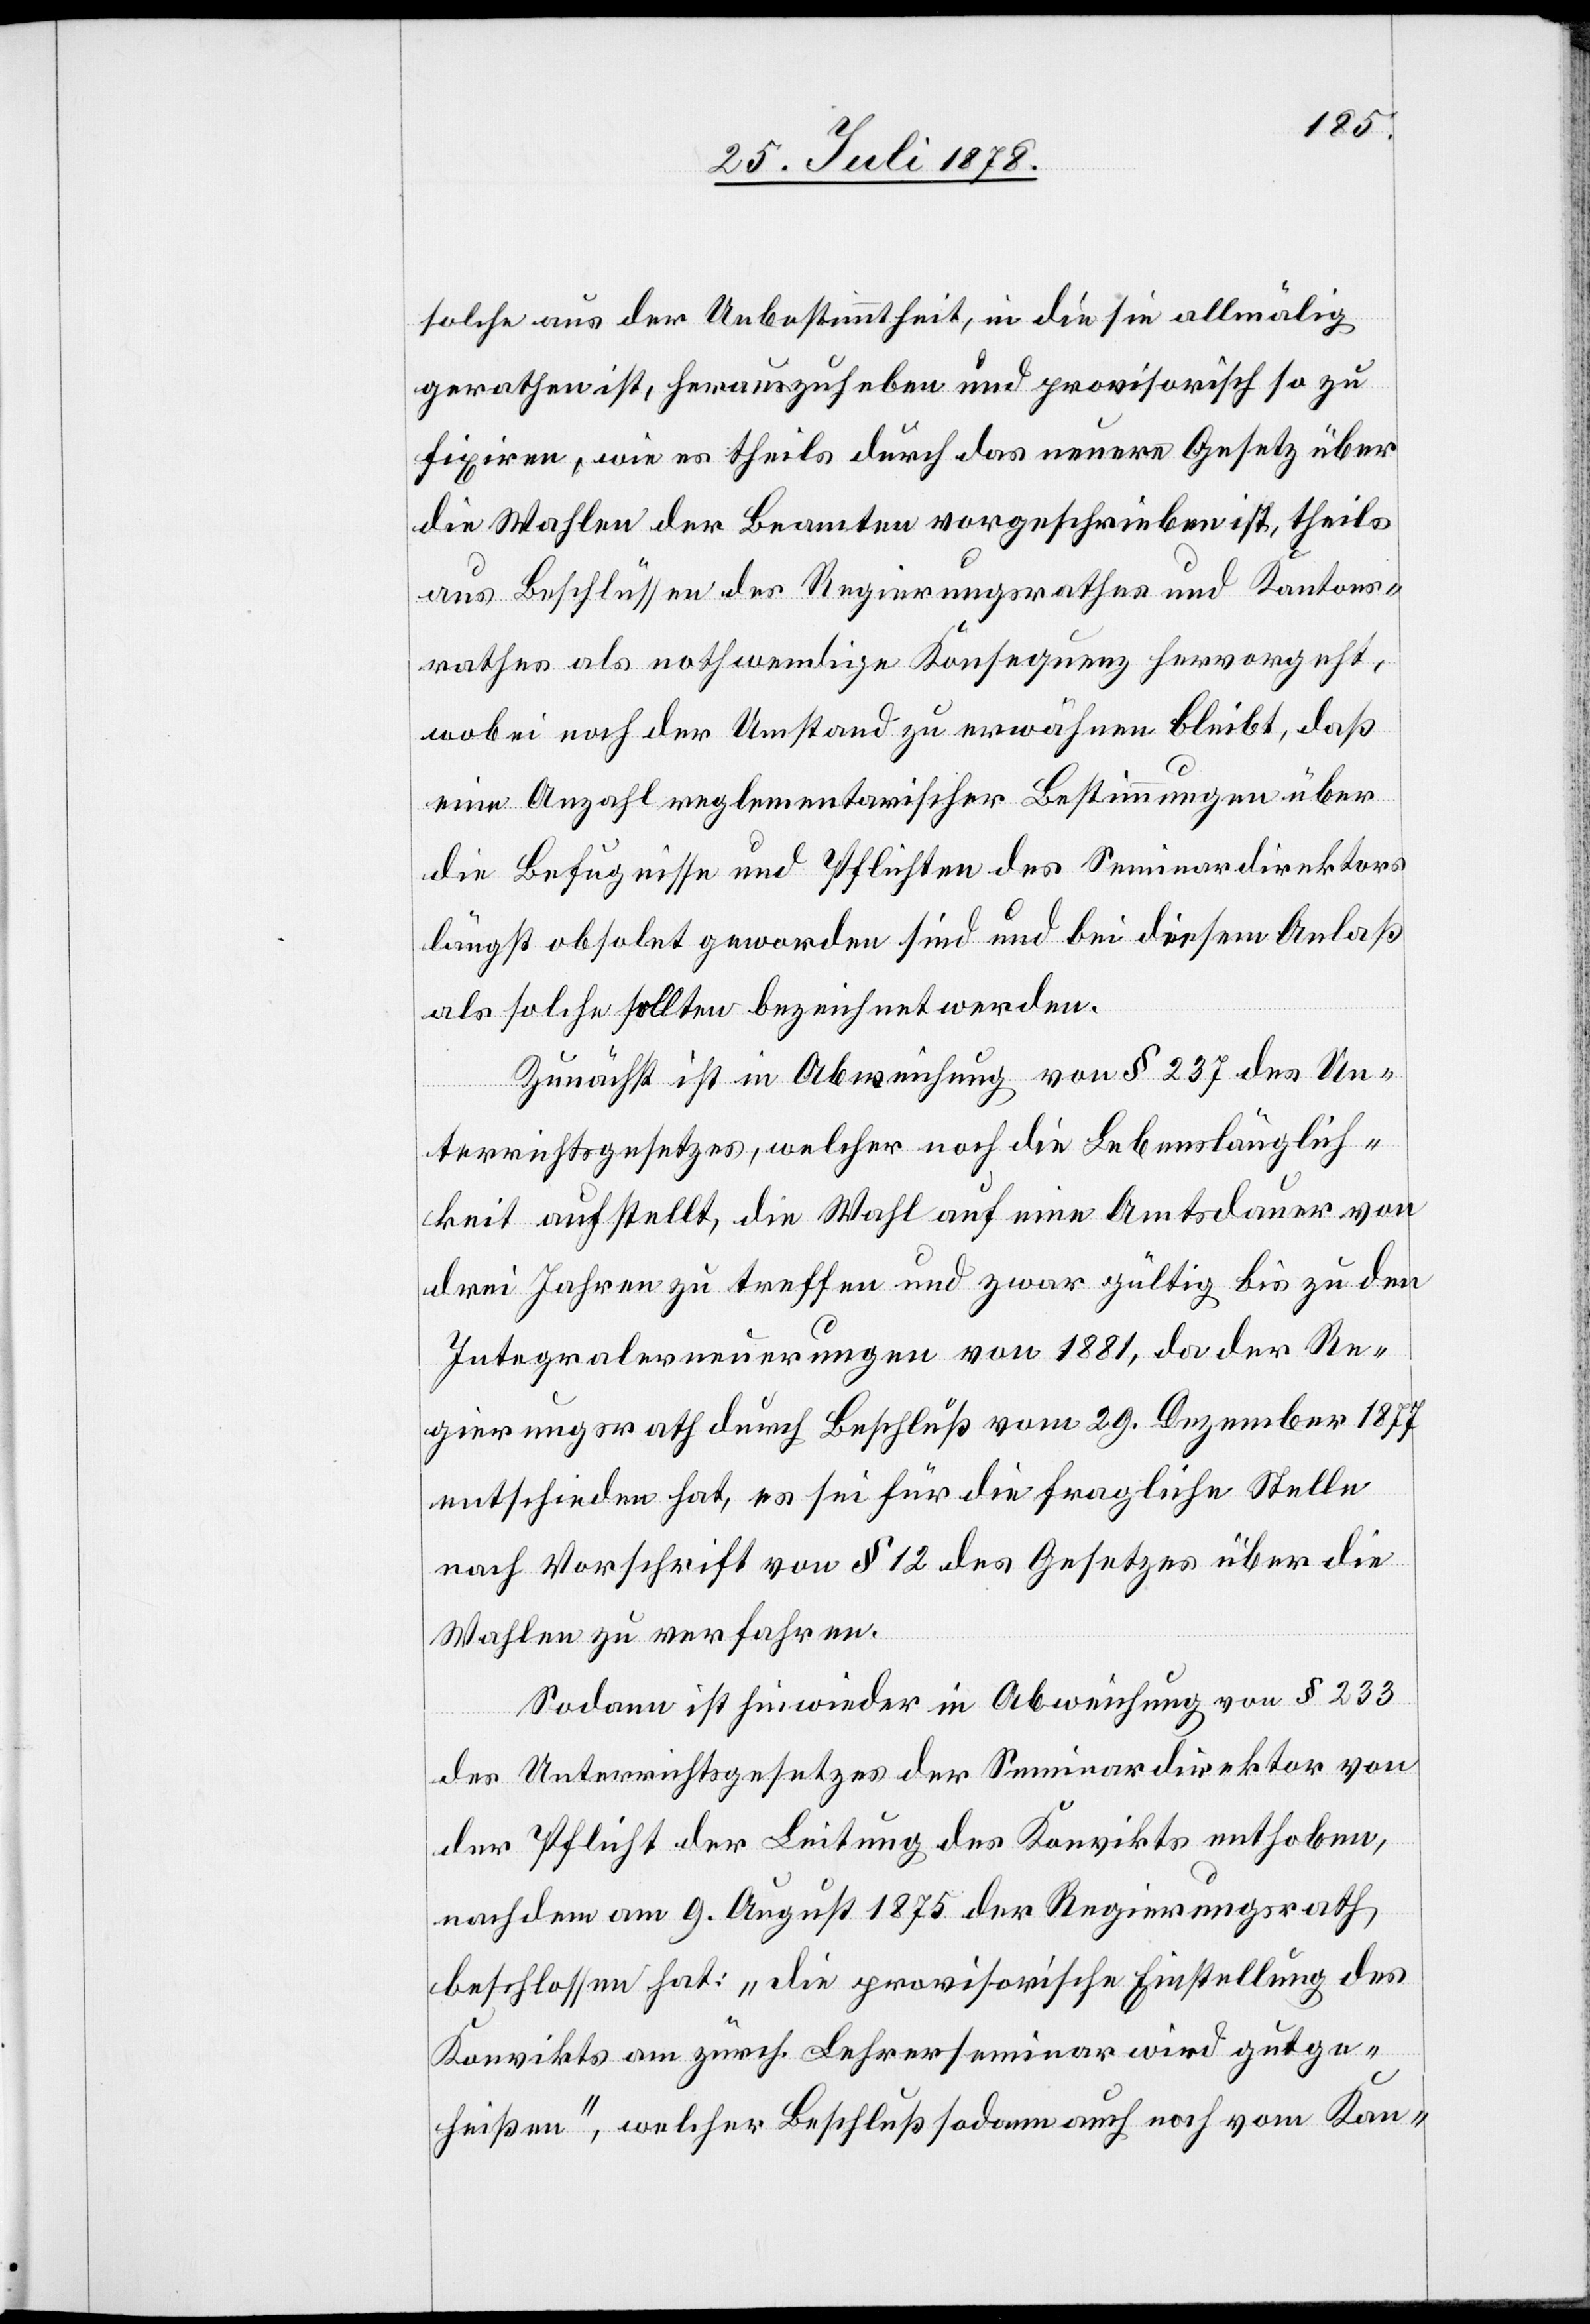
solche aus der Unbestimmtheit, in die sie allmälig
gerathen ist, herauszuheben und provisorisch so zu
fixiren, wie es theils durch das neuere Gesetz über
die Wahlen der Beamten vorgeschrieben ist, theils
aus Beschlüssen des Regierungsrathes und Kantons¬
rathes als nothwendige Konsequenz hervorgeht,
wobei noch der Umstand zu erwähnen bleibt, daß
eine Anzahl reglementarischer Bestimmungen über
die Befugnisse und Pflichten des Seminardirektors
längst obsolet geworden sind und die bei diesem Anlaß
als solche sollten bezeichnet werden.
Zunächst ist in Abweichung von § 237 des Un¬
terrichtsgesetzes, welcher noch die Lebenslänglich¬
keit aufstellt, die Wahl auf eine Amtsdauer von
drei Jahren zu treffen und zwar gültig bis zu den
Integralerneuerungen von 1881, da der Re¬
gierungsrath durch Beschluß vom 29. Dezember 1877
entschieden hat, es sei für die fragliche Stelle
nach Vorschrift von § 12 des Gesetzes über die
Wahlen zu verfahren.
Sodann ist hinwieder in Abweichung von § 233
des Unterrichtsgesetzes der Seminardirektor von
der Pflicht der Leitung des Konvikts enthoben,
nachdem am 9. August 1875 der Regierungsrath
beschlossen hat: „die provisorische Einstellung des
Konvikts am zürch. Lehrerseminar wird gutge¬
heißen“, welcher Beschluß sodann auch noch vom Kan-